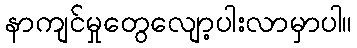
နာကျင်မှုတွေလျော့ပါးလာမှာပါ။